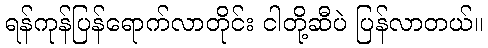
ရန်ကုန်ပြန်ရောက်လာတိုင်း ငါတို့ဆီပဲ ပြန်လာတယ်။